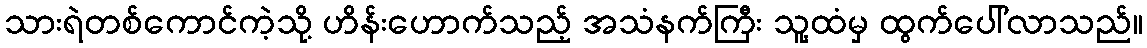
သားရဲတစ်ကောင်ကဲ့သို့ ဟိန်းဟောက်သည့် အသံနက်ကြီး သူ့ထံမှ ထွက်ပေါ်လာသည်။